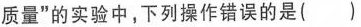
质量”的实验中，下列操作错误的是()